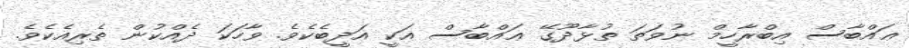
ޢައްބާސް އިބްރާހީމް ނުވަތަ ތުޅާދޫގޭ ޢައްބާސް އަކީ އަދީބެކެވެ. ވާހަކަ ދެއްކުން ތެރިއެކެވެ.